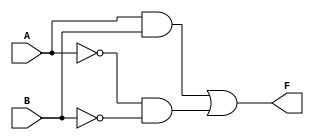
module kmap_two_variable (
    input wire A,  // First input variable
    input wire B,  // Second input variable
    output wire F  // Output of the K-map function
);

// Define the K-map logic based on the inputs A and B
assign F = (A & B) | (~A & ~B); // Example: F = AB + A'B'

endmodule